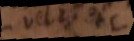
vel, etc